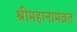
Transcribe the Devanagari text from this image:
श्रीमहानामव्रत